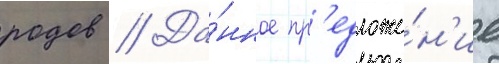
родов // Да́нное пр'едложе́н'ие